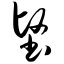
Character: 坚